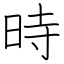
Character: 時